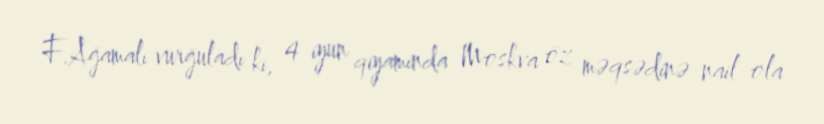
F.Ağamalı vurğuladı ki, 4 iyun qiyamında Moskva öz məqsədinə nail ola